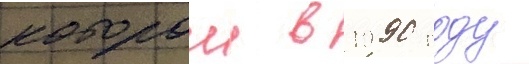
которои в 1990 году